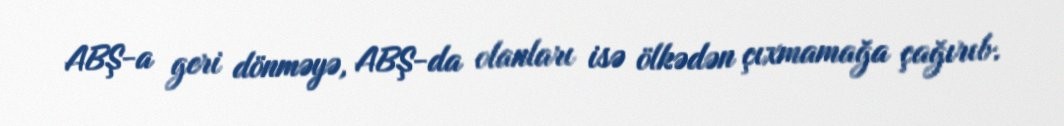
ABŞ-a geri dönməyə, ABŞ-da olanları isə ölkədən çıxmamağa çağırıb.